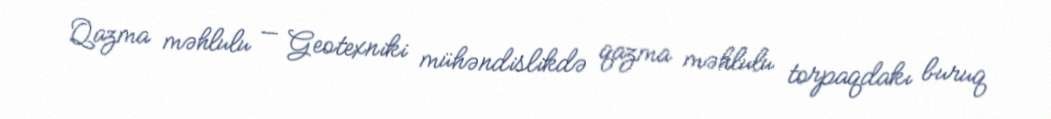
Qazma məhlulu — Geotexniki mühəndislikdə qazma məhlulu torpaqdakı buruq